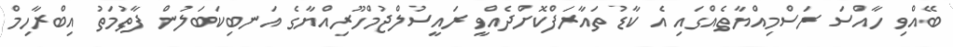
ބޭއްވި ހާއްސަ ރަސްމިއްޔާތެއްގައި އެ ކާޑު ތައާރަފްކޮށްދެއްވީ ރައީސުލްޖުމްހޫރިއްޔާގެ އަނބިކަބަލުން ފާތުމަތު އިބްރާހިމް